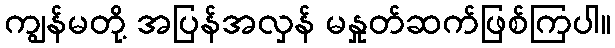
ကျွန်မတို့ အပြန်အလှန် မနှုတ်ဆက်ဖြစ်ကြပါ။